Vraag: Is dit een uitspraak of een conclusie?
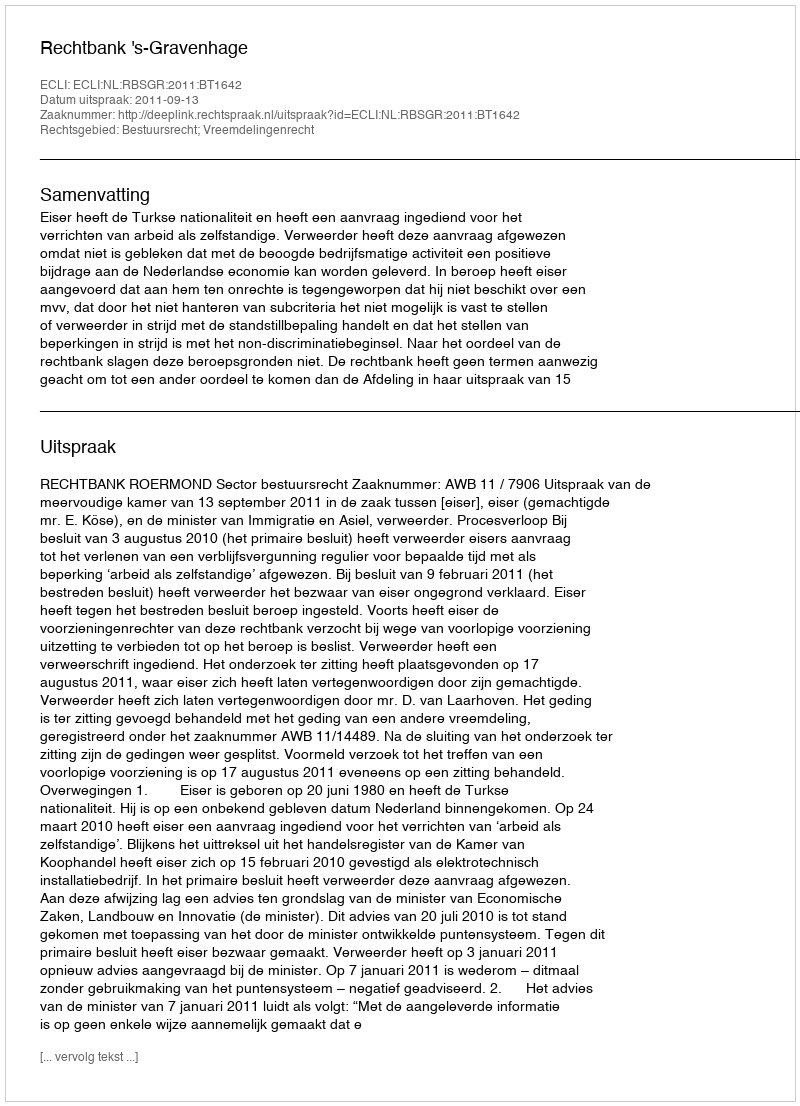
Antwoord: Uitspraak